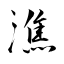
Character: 潐